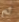
ثم